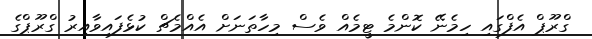
ގްރޫޕް އެފްގައި ހިމެނޭ ކޮންމެ ޓީމެއް ވެސް މިހާތަނަށް އެއްމެޗް ކުޅެފައިވާއިރު ގްރޫޕްގެ